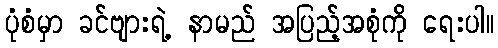
ပုံစံမှာ ခင်ဗျားရဲ့ နာမည် အပြည့်အစုံကို ရေးပါ။